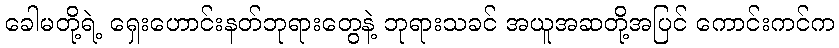
ခေါမတို့ရဲ့ ရှေးဟောင်းနတ်ဘုရားတွေနဲ့ ဘုရားသခင် အယူအဆတို့အပြင် ကောင်းကင်က